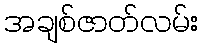
အချစ်ဇာတ်လမ်း